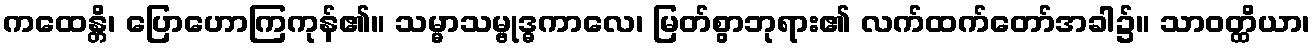
ကထေန္တိ၊ ပြောဟောကြကုန်၏။ သမ္မာသမ္ဗုဒ္ဓကာလေ၊ မြတ်စွာဘုရား၏ လက်ထက်တော်အခါ၌။ သာဝတ္ထိယာ၊